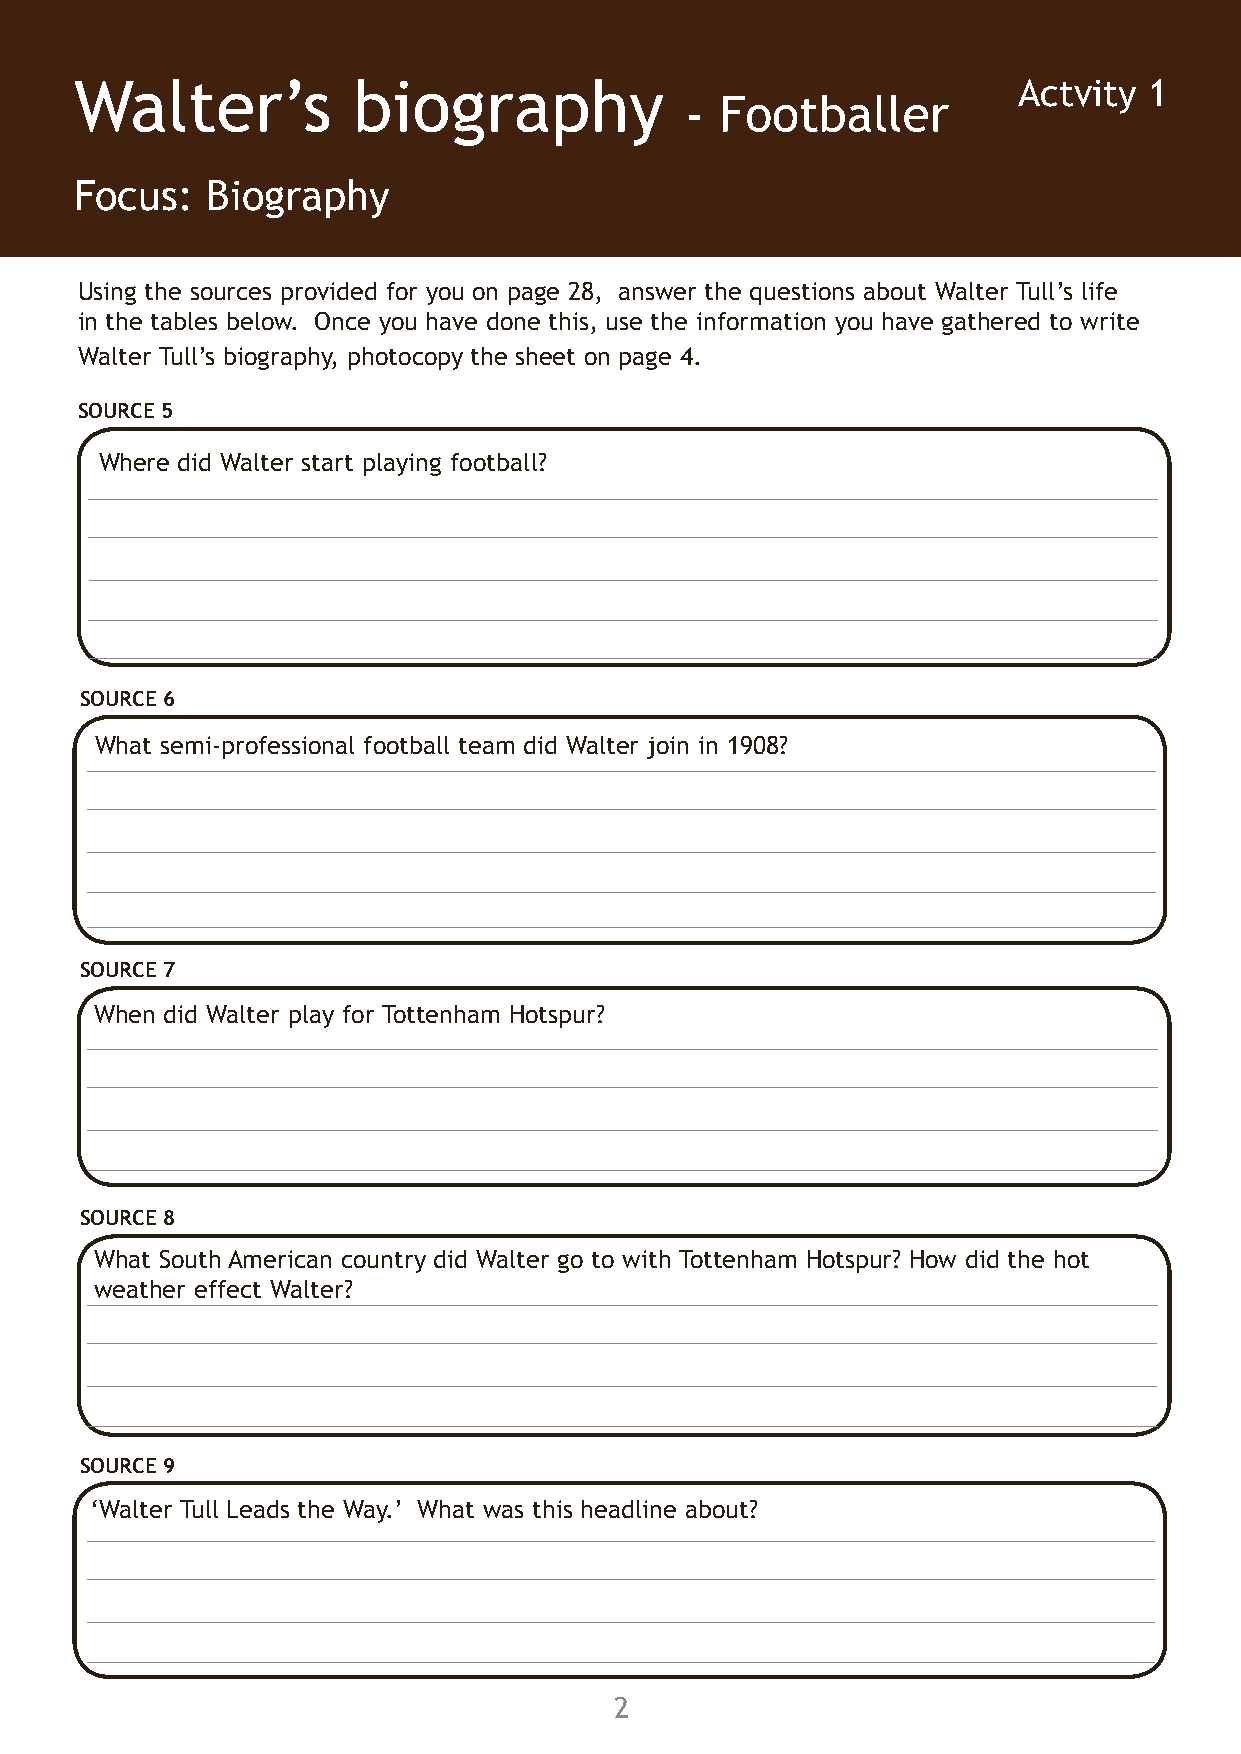
Walter’s biography Activity 1 Walter’s biography                   Actvity  1
 - Childhood                                  -  Footballer
 Focus: Biography Focus: Biography
 Using the sources provided for you on page 28, answer the questions about Walter Tull’s life Using the sources provided for you on page 28, answer the questions about Walter Tull’s life
 in the tables below. Once you have done this, use the information you have gathered to write in the tables below. Once you have done this, use the information you have gathered to write
 Walter Tull’s biography, photocopy the sheet on page 4. Walter Tull’s biography, photocopy the sheet on page 4.
 SOURCE 1 SOURCE 5
 How many members from Walter’s family lived at 51 Walton Road when the census was taken
 Where did Walter start playing football?
 in 1891?
 SOURCE 1 & SOURCE 2
 Compare the family photograph in source 2 with the census sheet in source1. Who is missing?
 SOURCE 6
 What do you think happened to them?
 What semi-professional football team did Walter join in 1908?
 SOURCE 1 & SOURCE 3
 Where was Walter’s father, Daniel, from? What do you think attitudes towards black people
 SOURCE 7
 were like when Walter was young?
 When did Walter play for Tottenham Hotspur?
 SOURCE 4
 SOURCE 8
 What happened to Daniel Tull in 1897?
 What South American country did Walter go to with Tottenham Hotspur? How did the hot
 weather effect Walter?
 SOURCE 5
 Walter and his brother Edward entered the Children’s Home and Orphanage in Bonner Road in
 1898, but only Walter’s name appears on the 1901 Census for the orphanage. Find out what SOURCE 9
 happened to Edward? (Read page 4 in Crosssing the White Line to help you.)
 ‘Walter Tull Leads the Way.’ What was this headline about?
 1                                        2